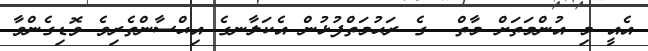
އެއީ މި އުންމަތަށް މާތް  ގެ ރަޙުމަތްފުޅުން އެކަލާނގެ އިޙްސާންތެރިވެ ވޮޑިގެންވާ